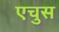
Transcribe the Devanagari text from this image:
एचुस